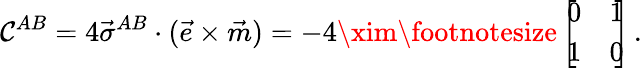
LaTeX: \mathcal{C}^{AB}=4\vec{{\sigma}}^{AB}\cdot(\vec{{e}}\times\vec{{m}})=-4\xim{{\footnotesize\left[\! \! \begin{array}{cc}{{0}}&{{1}}\\ {{1}}&{{0}}\end{array}\! \! \right]}}\, .